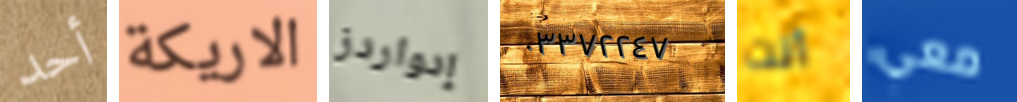
أحد الاريكة إدواردز ٠٣٣٧٢٢٤٧ أنت معي